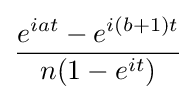
{\frac {e^{iat}-e^{i(b+1)t}}{n(1-e^{it})}}